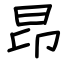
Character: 昂